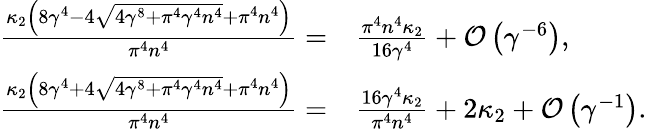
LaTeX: \begin{array}{rl}{\frac{\kappa_{2}\left(8\gamma^{4}-4\sqrt{4\gamma^{8}+\pi^{4}\gamma^{4}n^{4}}+\pi^{4}n^{4}\right)}{\pi^{4}n^{4}}=}&{{}\frac{\pi^{4}n^{4}\kappa_{2}}{16\gamma^{4}}+\mathcal{O}\left(\gamma^{-6}\right),}\\ {\frac{\kappa_{2}\left(8\gamma^{4}+4\sqrt{4\gamma^{8}+\pi^{4}\gamma^{4}n^{4}}+\pi^{4}n^{4}\right)}{\pi^{4}n^{4}}=}&{{}\frac{16\gamma^{4}\kappa_{2}}{\pi^{4}n^{4}}+2\kappa_{2}+\mathcal{O}\left(\gamma^{-1}\right).}\end{array}